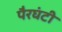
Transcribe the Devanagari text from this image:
पैरघंटी